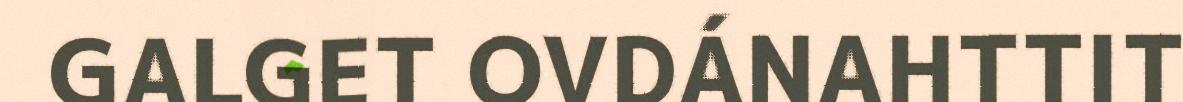
GALGET OVDÁNAHTTIT